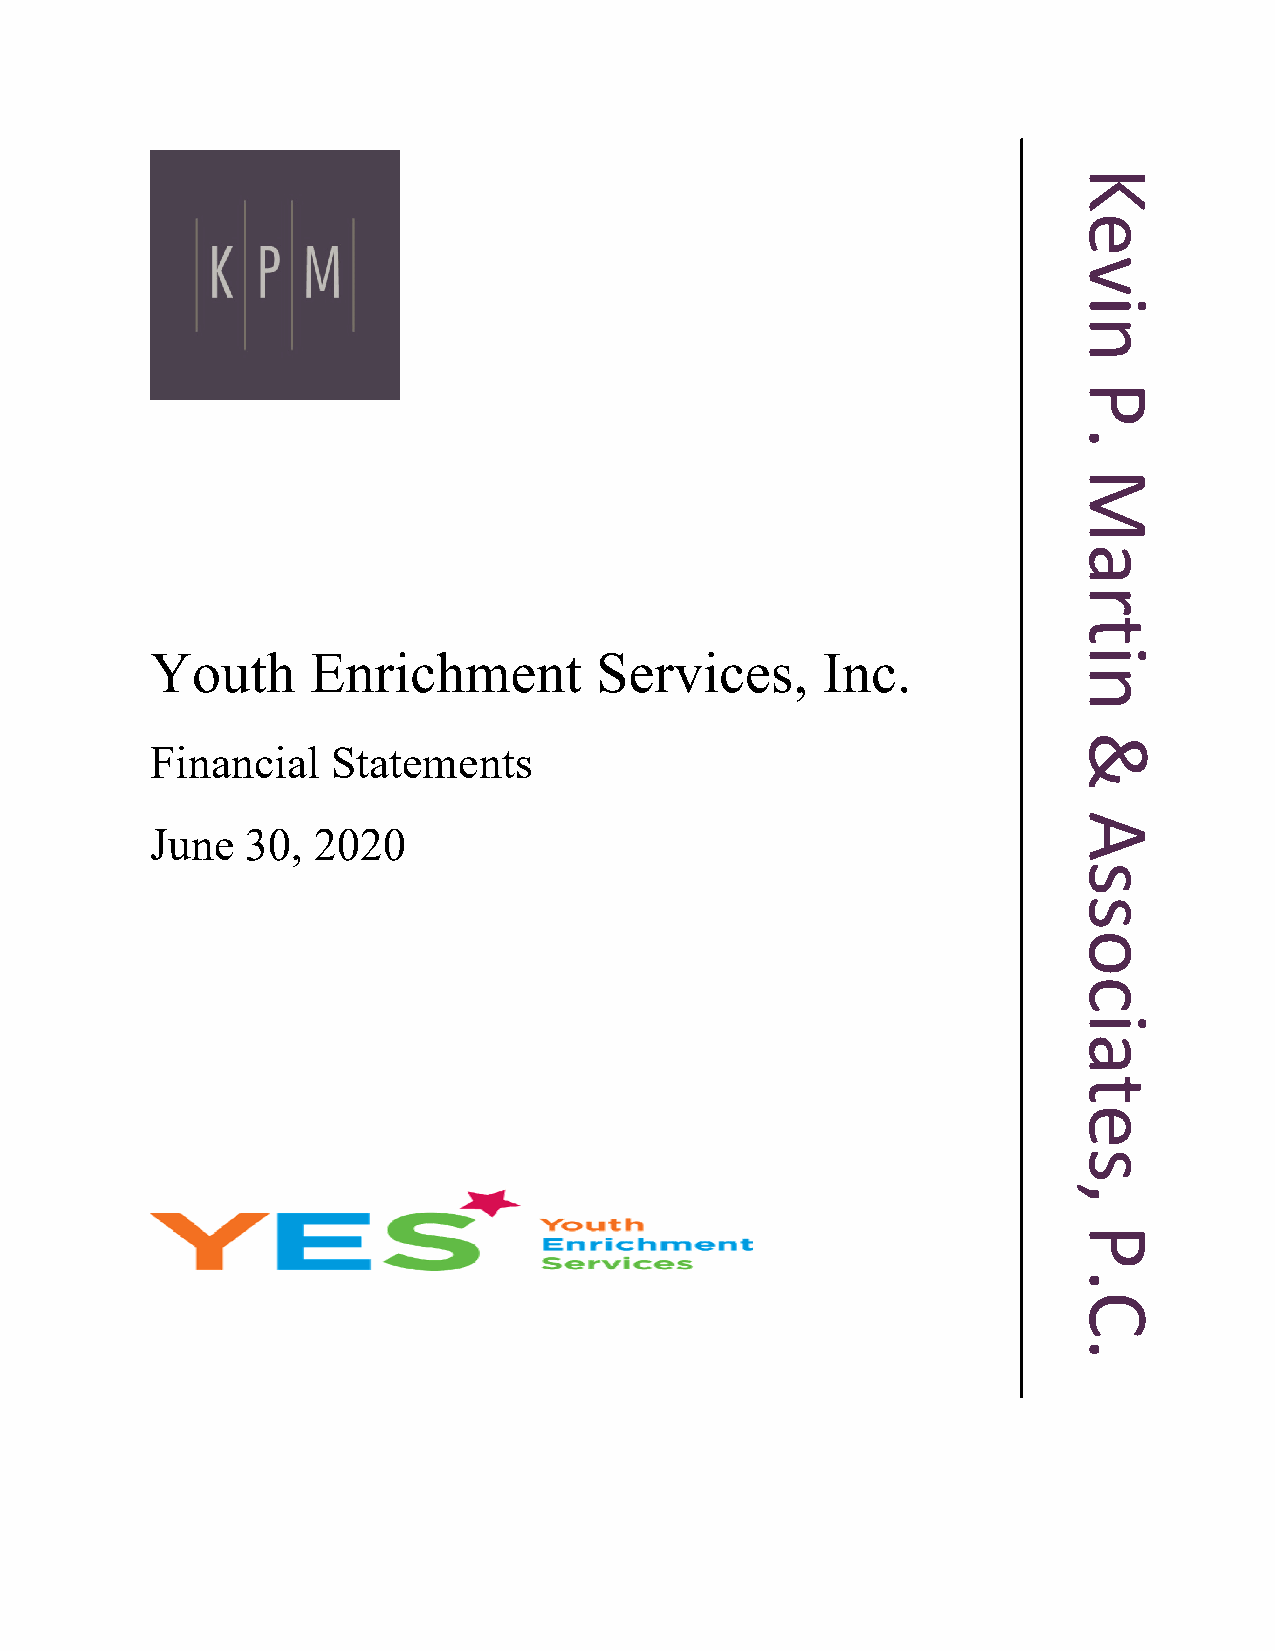
Youth      Enrichment        Services,      Inc.
 Financial   Statements
 June  30,  2020
 Kevin
 P.
 Martin
 &
 Associates,
 P.C.